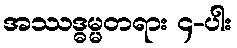
အဿဒ္ဓမ္မတရား ၄-ပါး